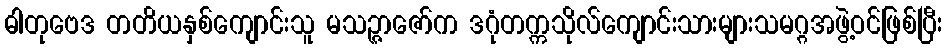
ဓါတုဗေဒ တတိယနှစ်ကျောင်းသူ မသဉ္ဇာဇော်က ဒဂုံတက္ကသိုလ်ကျောင်းသားများသမဂ္ဂအဖွဲ့ဝင်ဖြစ်ပြီး